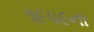
૧૯૫૯ના